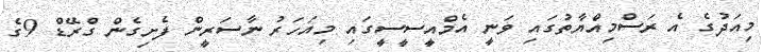
މިއަދުގެ އެ ރަސްމިއްޔާތުގައި ވަނީ އެމްއީސީސީގައި މިއަހަރު ނާސަރީން ފެށިގެން ގްރޭޑް 9ގެ